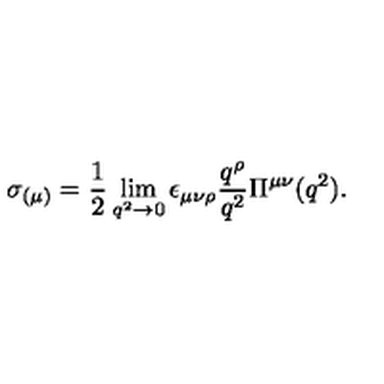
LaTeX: \sigma _ { ( \mu ) } = \frac { 1 } { 2 } \lim _ { q ^ { 2 } \to 0 } \epsilon _ { \mu \nu \rho } \frac { q ^ { \rho } } { q ^ { 2 } } \Pi ^ { \mu \nu } ( q ^ { 2 } ) .